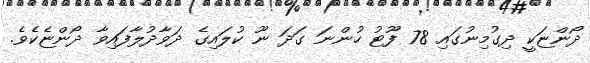
ދޯންޏަކީ ދިގުމިނުގައި 78 ފޫޓު ހުންނަ ގަދަ ނޫ ކުލައިގެ ދަވާދުލާފައިވާ ދޯންޏެކެވެ.